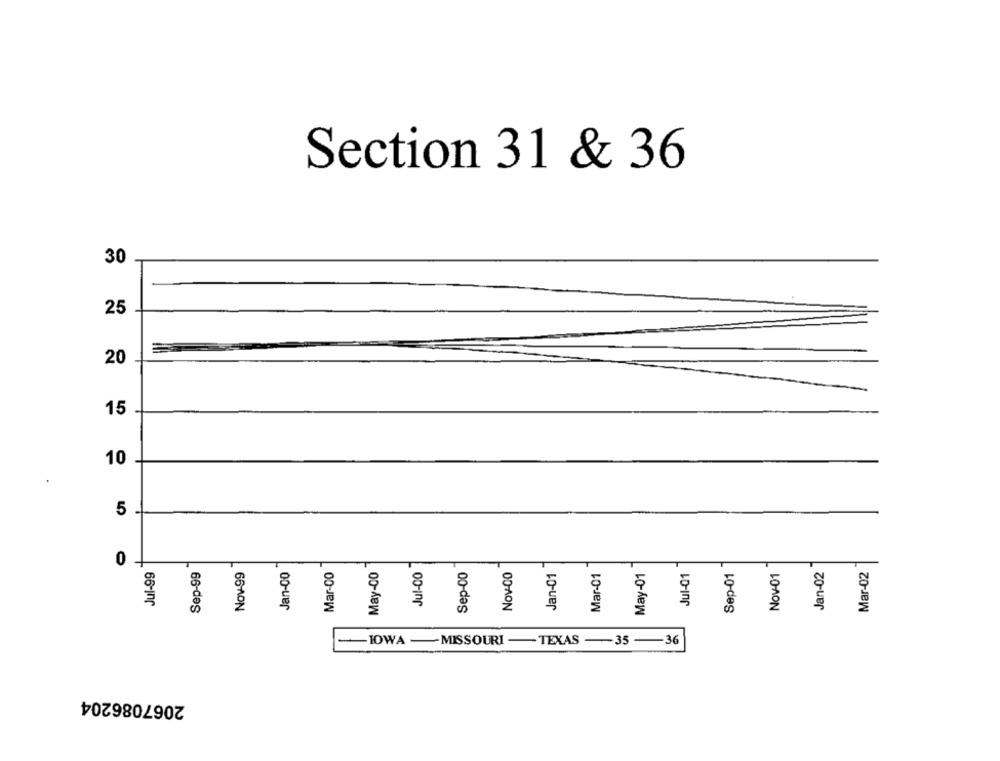
Section 31 & 36
30
25
20
15
10
5
0
Jul-99
Sep-99
Nov-99
Jan-00
Mar-00
Jul-00
Sep-00
Nov-01
Jan-02
May-00
Nov-00
Jan-01
Mar-01
May-01
Jul-01
Sep-01
Mar-02
TOWA -MISSOURI -TEXAS -35-36
2067086204